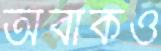
অবাকও